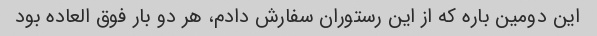
این دومین باره که از این رستوران سفارش دادم، هر دو بار فوق العاده بود